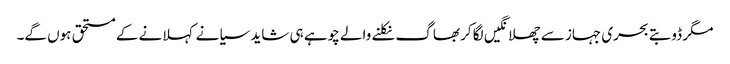
مگر ڈوبتے بحری جہاز سے چھلانگیں لگا کر بھاگ نکلنے والے چوہے ہی شاید سیانے کہلانے کے مستحق ہوں گے۔